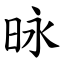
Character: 昹